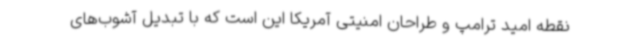
نقطه امید ترامپ و طراحان امنیتی آمریکا این است که با تبدیل آشوب‌های